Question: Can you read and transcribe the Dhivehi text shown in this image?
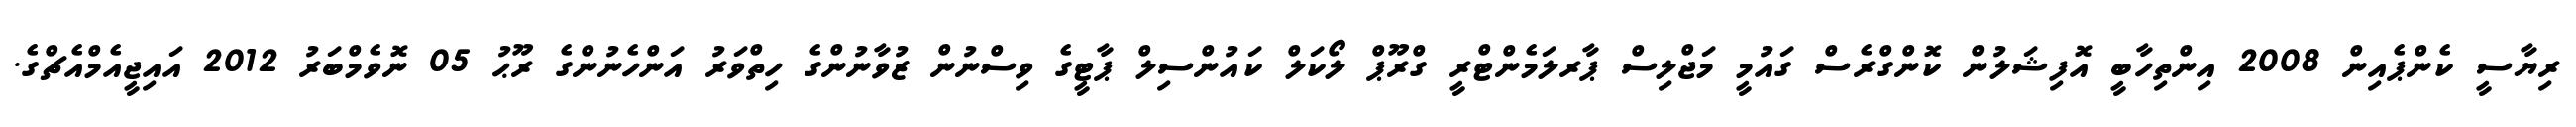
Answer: ރިޔާސީ ކެންޕެއިން 2008 އިންތިހާބީ އޮފިޝަލުން ކޮންގްރެސް ގައުމީ މަޖްލިސް ޕާރލަމެންޓްރީ ގްރޫޕް ލޯކަލް ކައުންސިލް ޕާޓީގެ ވިސްނުން ޒުވާނުންގެ ހިތްވަރު އަންހެނުންގެ ރޫޙު 05 ނޮވެމްބަރު 2012 އައިޖީއެމްއެޗްގެ.